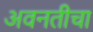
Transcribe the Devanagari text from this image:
अवनतीचा